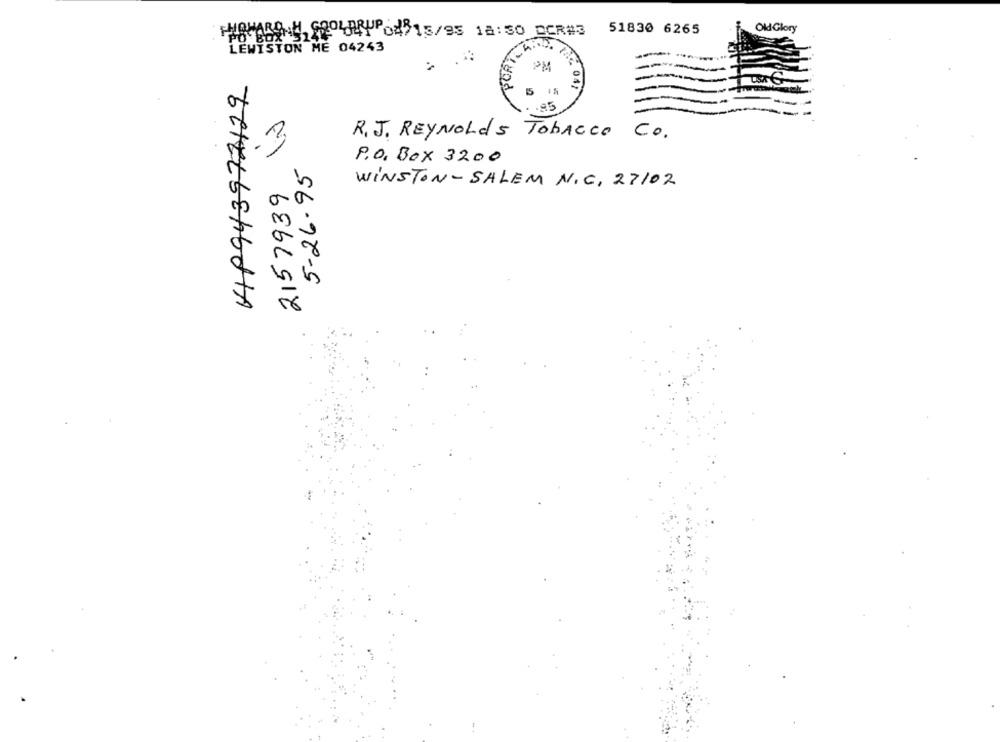
51830 6265
Old Glory
HOWARD H. GOOLARUPON815/95 18:30 DCR#3
PO Box "31
LEWISTON ME 04243
PM
0
5
042
85
3
R. J. REYNOLDS TOBACCO CO.
5-26-95
P.O. BOX 3200
2157939
WINSTON-SALEM N.C. 27102
CHELbeh681A